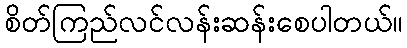
စိတ်ကြည်လင်လန်းဆန်းစေပါတယ်။